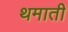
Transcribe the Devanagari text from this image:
थमाती